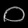
Digit: ၀